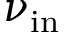
\nu _ { \mathrm { i n } }